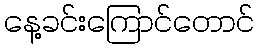
နေ့ခင်းကြောင်တောင်